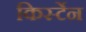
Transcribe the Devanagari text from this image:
किर्स्टेन